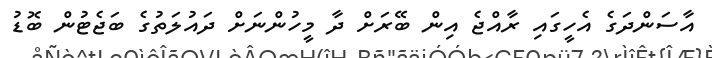
އާސަންދަގެ އެހީގައި ރާއްޖެ އިން ބޭރަށް ދާ މީހުންނަށް ދައުލަތުގެ ބަޖެޓުން ބޮޑު